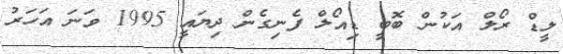
ލީޑް ރޯލް އަކުން ބޮބީ ޑިއޯލް ފެނިގެން ދިޔައީ 1995 ވަނަ އަހަރު